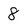
Character: 8